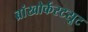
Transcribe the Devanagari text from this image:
ब्रांखोर्कस्टसूट